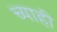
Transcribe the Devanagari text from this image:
च्याही